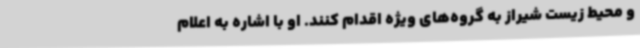
و محیط زیست شیراز به گروه‌های ویژه اقدام کنند. او با اشاره به اعلام